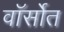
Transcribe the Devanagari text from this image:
वॉर्सोत